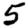
Digit: 5